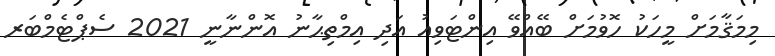
މިމަޤާމަށް މީހަކު ހޮވުމަށް ބޭއްވޭ އިންޓަވިއު އަދި އިމްތިޙާނު އޮންނާނީ 2021 ސެޕްޓެމްބަރ